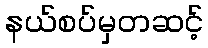
နယ်စပ်မှတဆင့်